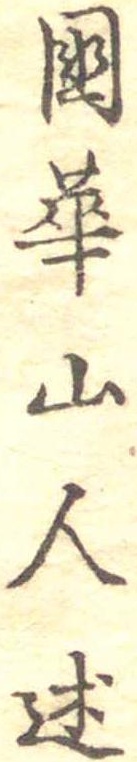
国華山人述